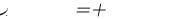
٦٩